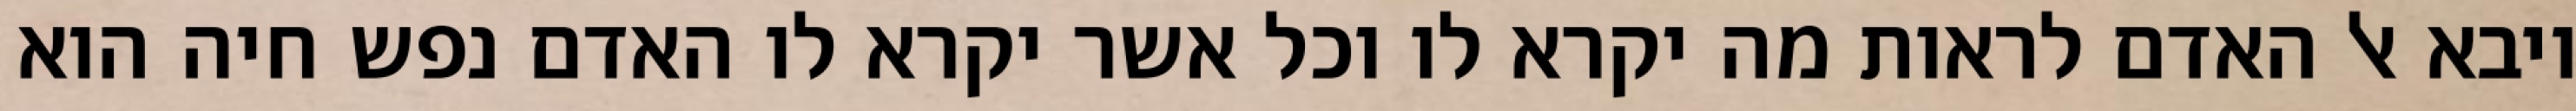
ויבא אל האדם לראות מה יקרא לו וכל אשר יקרא לו האדם נפש חיה הוא